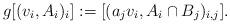
LaTeX: \begin{align*}g[(v_i,A_i)_i]:=[(a_jv_i,A_i\cap B_j)_{i,j}].\end{align*}